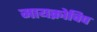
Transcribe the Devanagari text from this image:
मायक्रोचिप